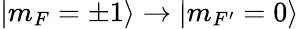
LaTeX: |m_{F}=\pm 1\rangle\rightarrow|m_{F^{\prime}}=0\rangle